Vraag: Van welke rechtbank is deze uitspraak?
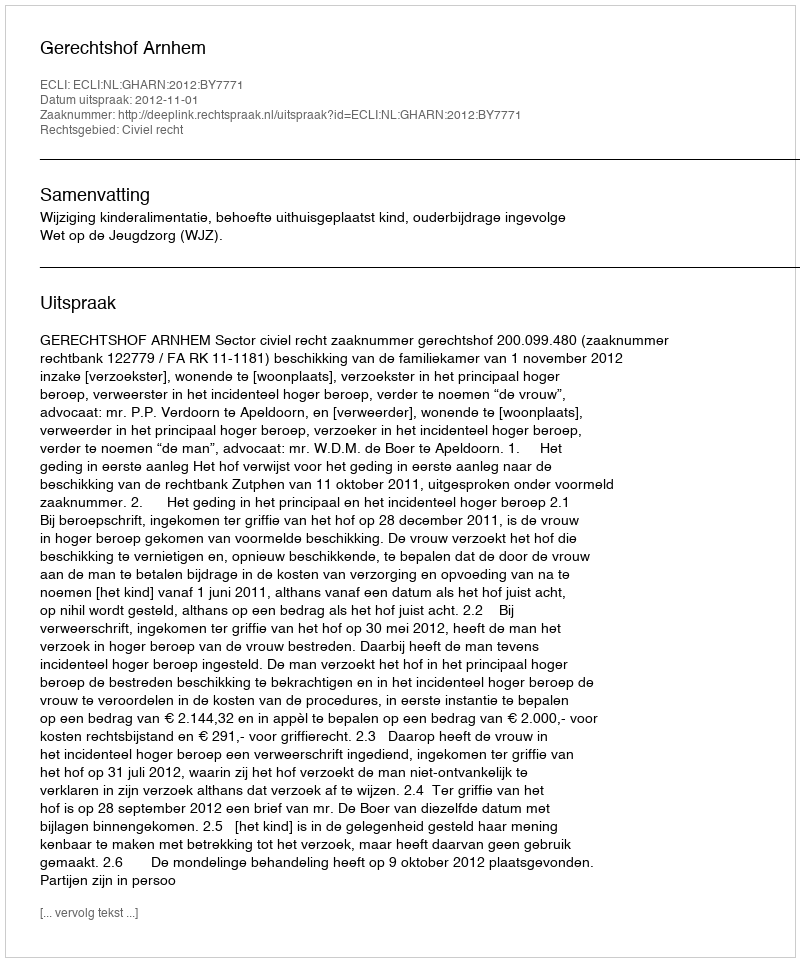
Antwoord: Gerechtshof Arnhem